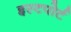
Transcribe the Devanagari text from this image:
इस्टपोर्ट